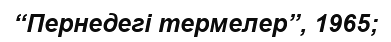
“Пернедегі термелер”, 1965;